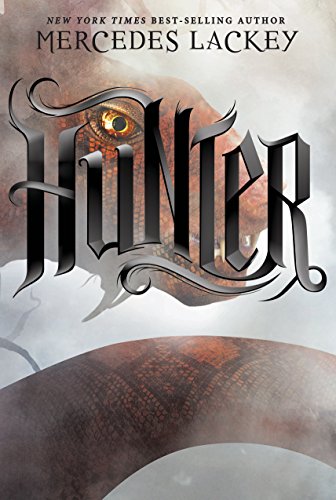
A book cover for Hunter; Mercedes Lackey; Teen & Young Adult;